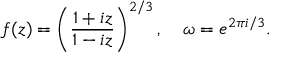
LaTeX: f ( z ) = \left( \frac { 1 + i z } { 1 - i z } \right) ^ { 2 / 3 } , \quad \omega = e ^ { 2 \pi i / 3 } .